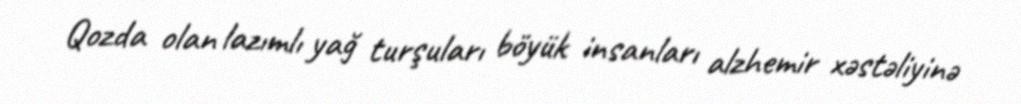
Qozda olan lazımlı yağ turşuları böyük insanları alzhemir xəstəliyinə